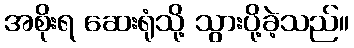
အစိုးရ ဆေးရုံသို့ သွားပို့ခဲ့သည်။